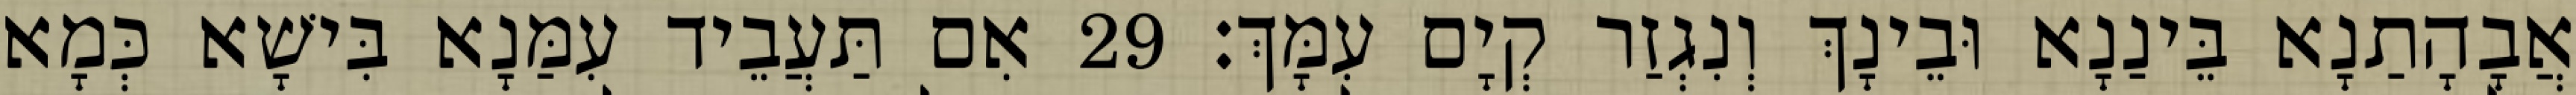
אֲבָהָתַנָא בֵּינַנָא וּבֵינָךְ וְנִגְזַר קְיָם עִמָּךְ׃ 29 אִם תַּעֲבֵיד עִמַּנָא בִּישָׁא כְּמָא